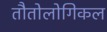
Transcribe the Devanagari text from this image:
तौतोलोगिकल